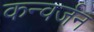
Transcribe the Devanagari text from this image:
कन्वर्जन